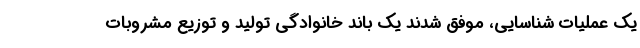
یک عملیات شناسایی، موفق شدند یک باند خانوادگی تولید و توزیع مشروبات